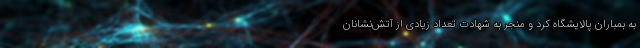
به بمباران پالایشگاه کرد و منجر به شهادت تعداد زیادی از آتش‌نشانان